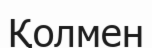
Қолмен